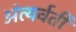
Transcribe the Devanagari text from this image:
अंत्यर्वर्ती